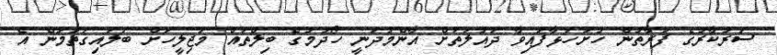
ސަރުކާރުގެ ފަރާތުން ހުށަހަޅާފައިވާ ދައުލަތަށް އާންމުދަނީ ހޯދުމުގެ ބިލްތައް މަޖިލީހަށް ބަލައިގަތުމުން އެ